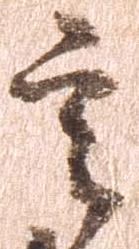
言